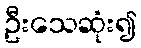
ဦးသေဆုံး၍